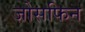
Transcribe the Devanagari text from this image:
जोसफिन